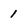
Character: 1